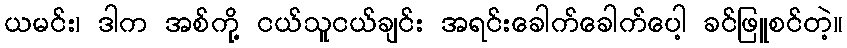
ယမင်း၊ ဒါက အစ်ကို့ ငယ်သူငယ်ချင်း အရင်းခေါက်ခေါက်ပေါ့ ခင်ဖြူစင်တဲ့။